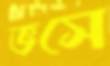
ভসে